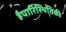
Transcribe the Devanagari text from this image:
हैपारिस्थितिकी